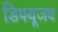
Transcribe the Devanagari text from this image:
डिफ्यूजब